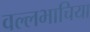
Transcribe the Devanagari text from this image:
वल्लभाचिया